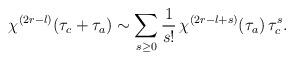
LaTeX: \begin{align*} \chi^{(2r-l)}(\tau_c+\tau_a)\sim \sum_{s\ge 0}\frac{1}{s!}\,\chi^{(2r-l+s)}(\tau_a)\,\tau_c^s .\end{align*}